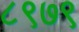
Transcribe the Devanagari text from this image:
८९७९